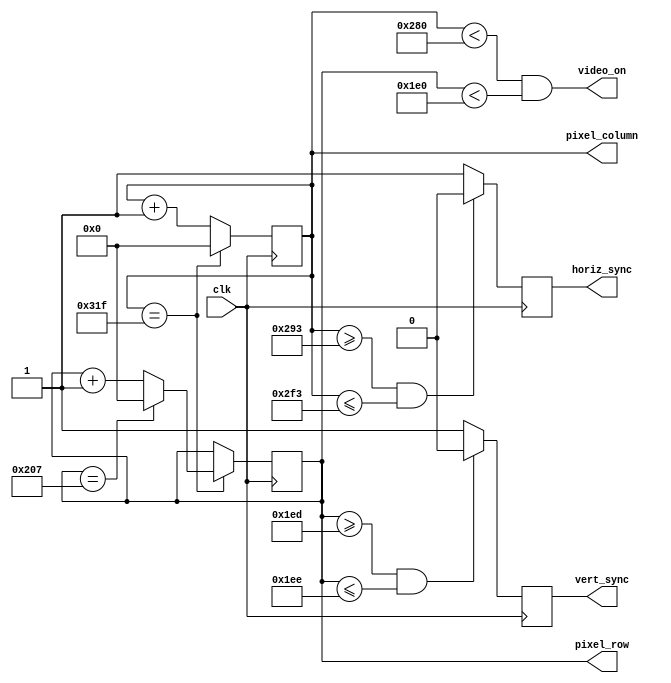
// File src/vga_sync.vhd translated with vhd2vl v3.0 VHDL to Verilog RTL translator
module VGA_SYNC(
  input wire clk,
  output wire video_on,
  output reg horiz_sync,
  output reg vert_sync,
  output wire [9:0] pixel_row,
  output wire [9:0] pixel_column
);

  reg [9:0] h_count=0; 
  reg [9:0] v_count=0;
  assign pixel_column = h_count;
  assign pixel_row    = v_count;

  assign video_on = (h_count < 640) && (v_count < 480);
  //Generate Horizontal and Vertical Timing Signals for Video Signal
  // H_count counts pixels (640 + extra time for sync signals)
  // 
  //  Horiz_sync  ------------------------------------__________--------
  //  H_count       0                640             659       755    799
  //
  always @(posedge clk) 
  begin
    if(h_count == 10'd799) begin
      h_count <= 10'd0;
      v_count <= (v_count == 10'd519) ? 10'd0 : v_count + 10'd1;
    end else begin
      h_count <= h_count + 10'd1;
    end
  end

  // Generate sync signals
  always @(posedge clk) 
  begin
    horiz_sync <= (h_count >= 659 && h_count <= 755) ? 1'b0 : 1'b1;
    vert_sync  <= (v_count >= 493 && v_count <= 494) ? 1'b0 : 1'b1;
  end

endmodule